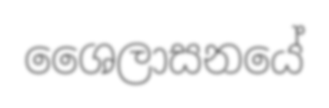
ශෛලාසනයේ